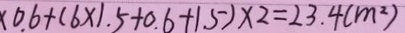
\times 0 . 6 + ( 6 \times 1 . 5 + 0 . 6 + 1 . 5 ) \times 2 = 2 3 . 4 ( m ^ { 2 } )